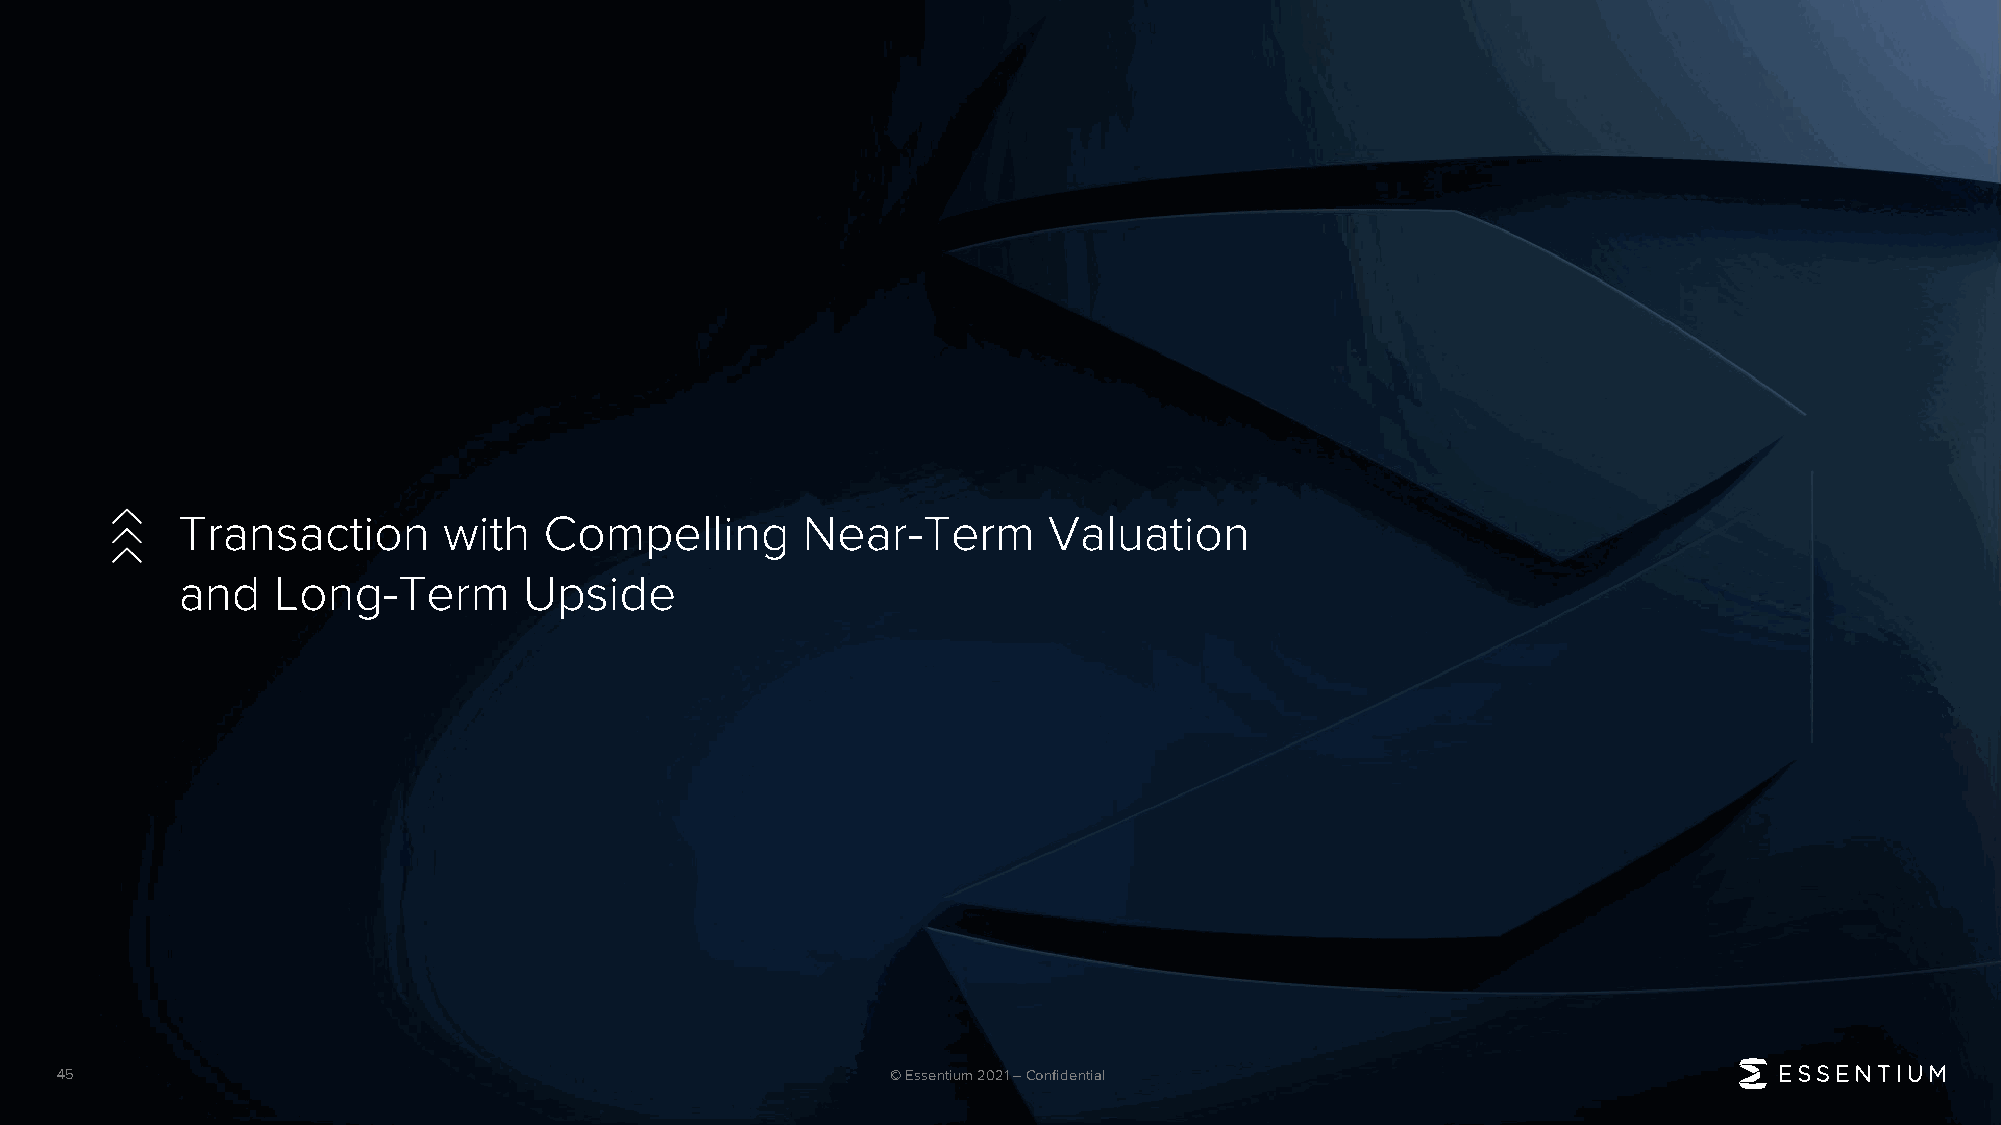
Transaction      with   Compelling       Near-Term       Valuation
 and   Long-Term        Upside
 45                                                     © Essentium 2021 –Confidential